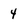
Character: 4